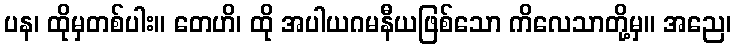
ပန၊ ထိုမှတစ်ပါး။ တေဟိ၊ ထို အပါယဂမနီယဖြစ်သော ကိလေသာတို့မှ။ အညေ၊